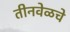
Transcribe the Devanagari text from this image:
तीनवेळचे